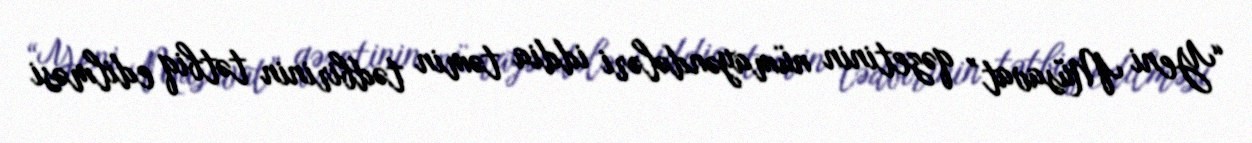
“Yeni Müsavat” qəzetinin nümayəndələri iddia təmin tədbirinin tətbiq edilməsi